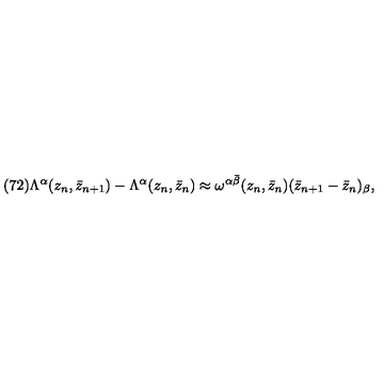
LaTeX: ( 7 2 ) \Lambda ^ { \alpha } ( z _ { n } , \bar { z } _ { n + 1 } ) - \Lambda ^ { \alpha } ( z _ { n } , \bar { z } _ { n } ) \approx \omega ^ { \alpha \bar { \beta } } ( z _ { n } , \bar { z } _ { n } ) ( \bar { z } _ { n + 1 } - \bar { z } _ { n } ) _ { \beta } ,